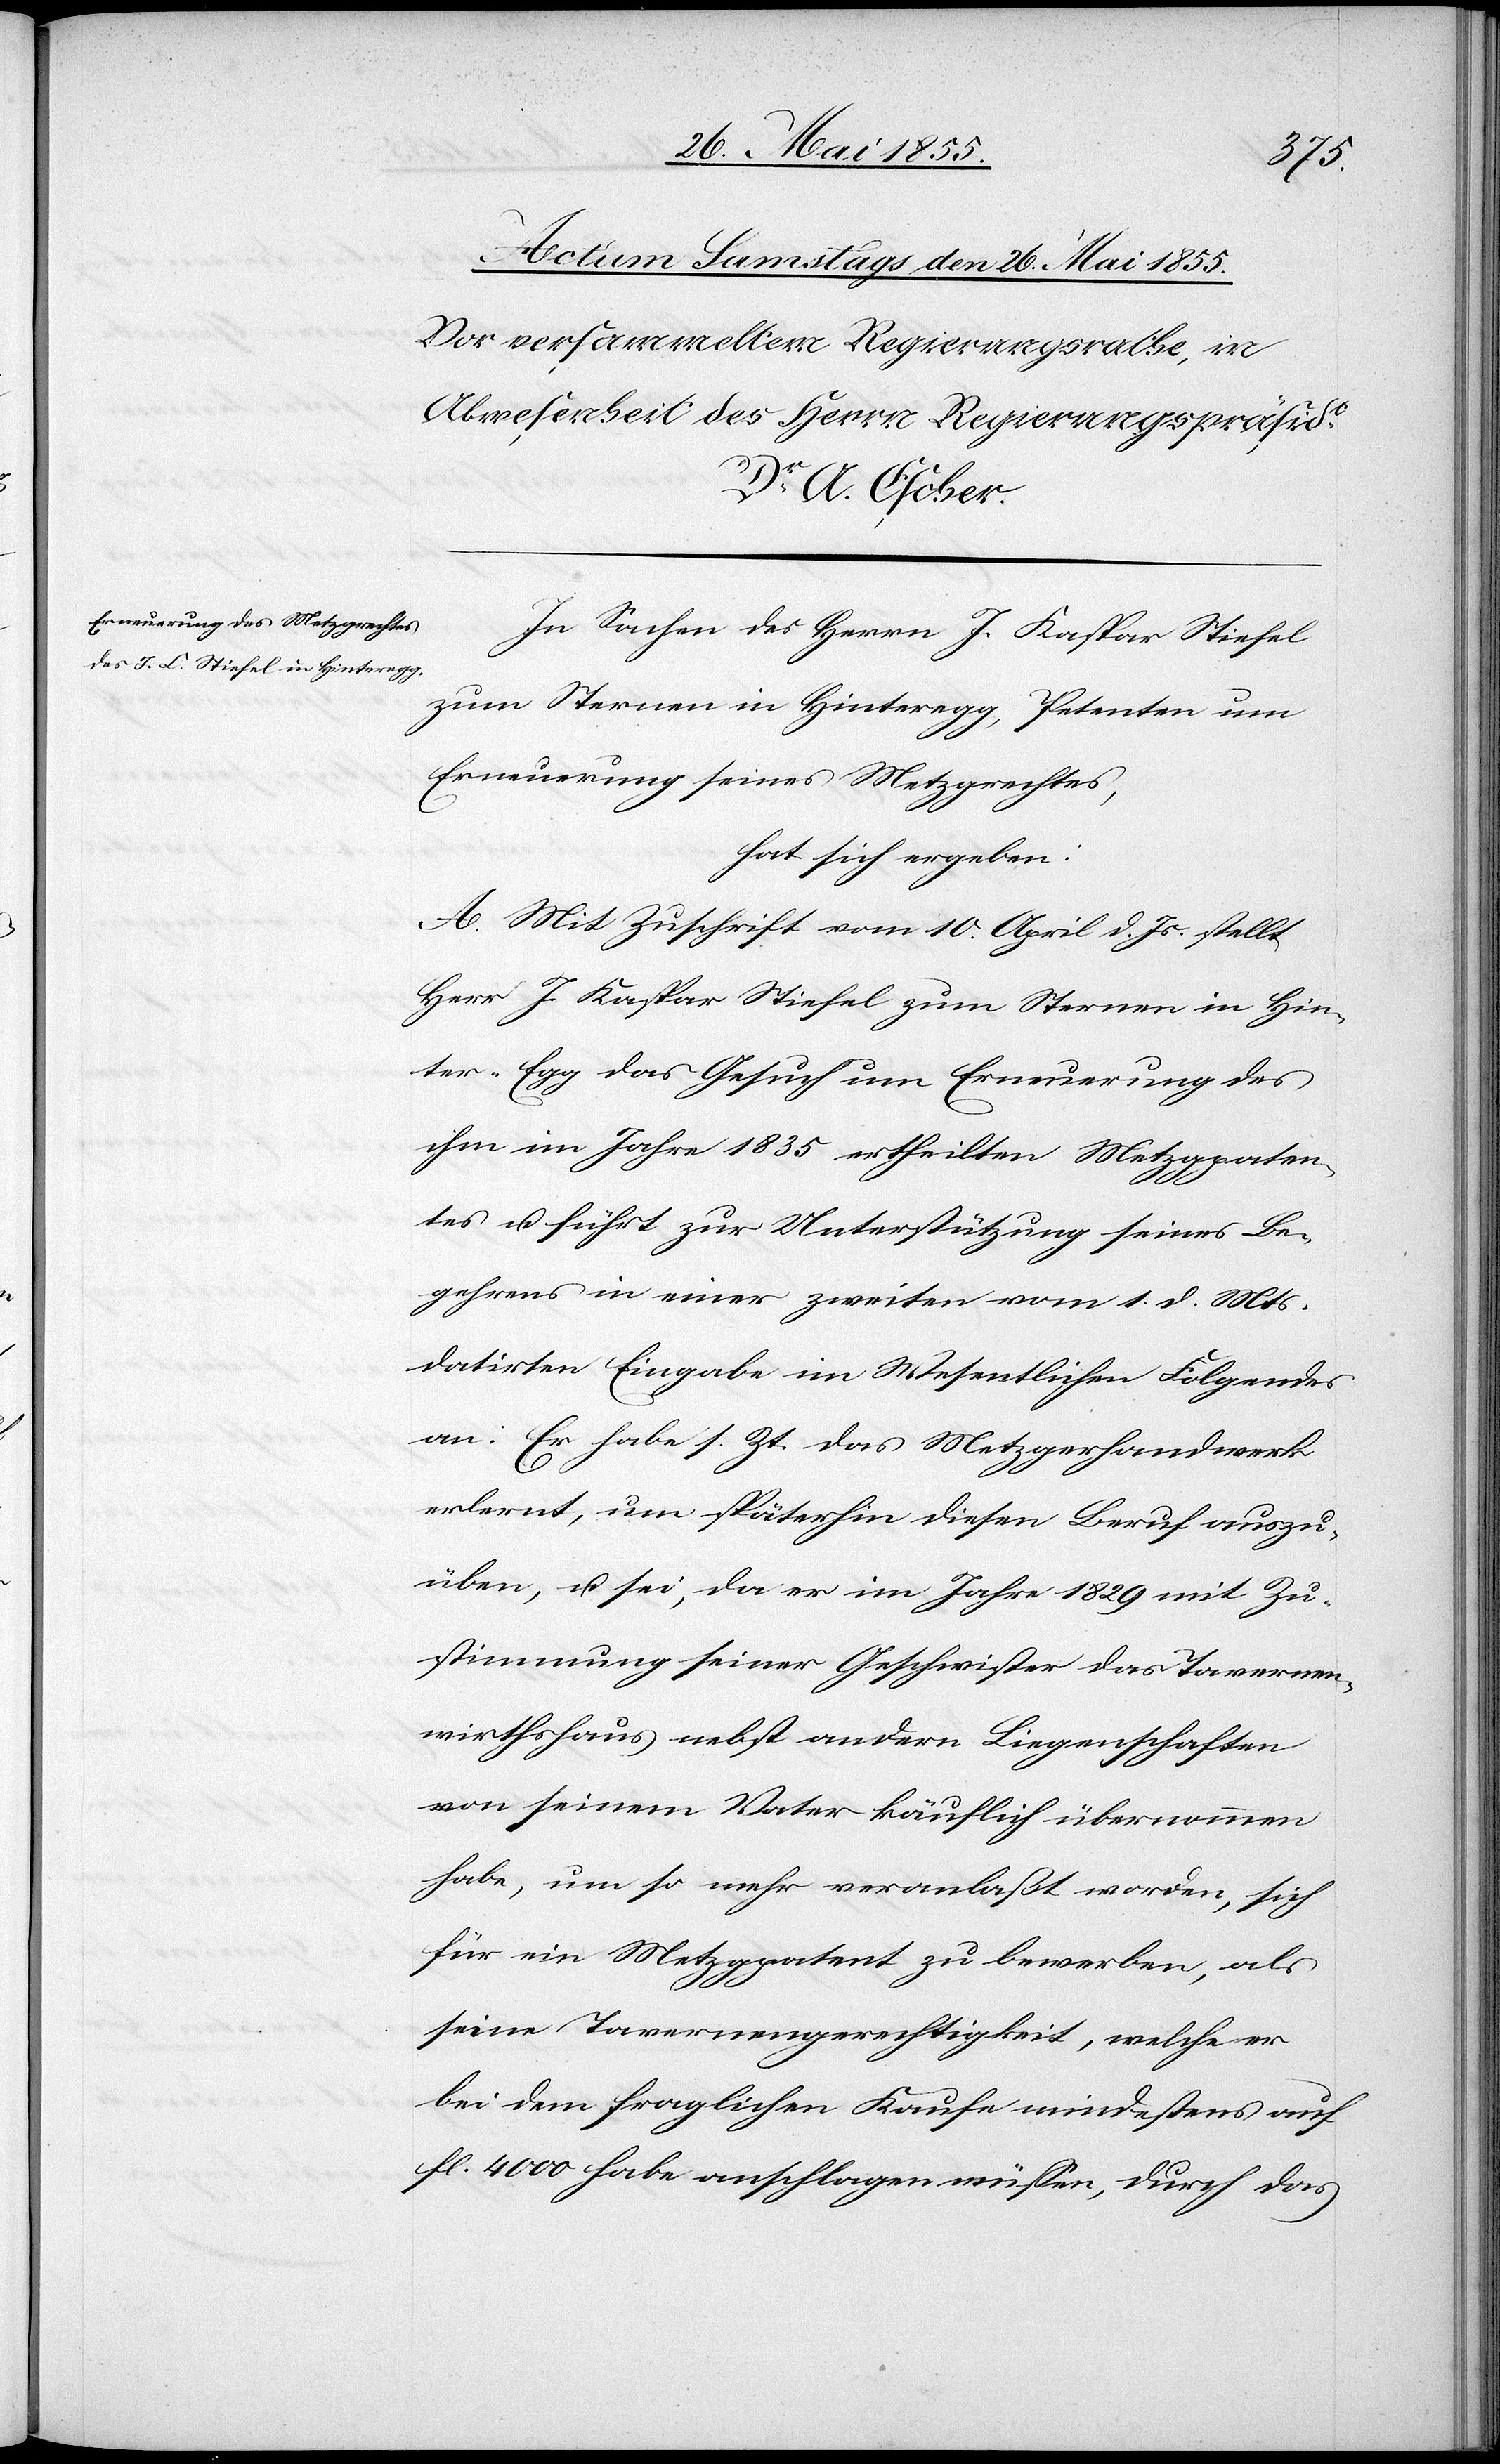
In Sachen des Herrn J. Kaspar Stiefel
zum Sternen in Hinteregg, Petenten um
Erneuerung seines Metzgrechtes,
hat sich ergeben:
A. Mit Zuschrift vom 10. April d. Js. stellt
Herr J. Kaspar Stiefel zum Sternen in Hin¬
ter-Egg das Gesuch um Erneuerung des
ihm im Jahre 1835 ertheilten Metzgpaten¬
tes u. führt zur Unterstützung seines Be¬
gehrens in einer zweiten vom 1. d. Mts.
datirten Eingabe im Wesentlichen Folgendes
an: Er habe s. Zt. das Metzgerhandwerk
erlernt, um späterhin diesen Beruf auszu¬
üben, u. sei, da er im Jahre 1829 mit Zu¬
stimmung seiner Geschwister das Tavernen¬
wirthshaus nebst andern Liegenschaften
von seinem Vater käuflich übernommen
habe, um so mehr veranlaßt worden, sich
für ein Metzgpatent zu bewerben, als
seine Tavernengerechtigkeit, welche er
bei dem fraglichen Kaufe mindestens auf
fl. 4000 habe anschlagen müssen, durch das